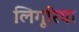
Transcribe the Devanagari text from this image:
लिगूरिया